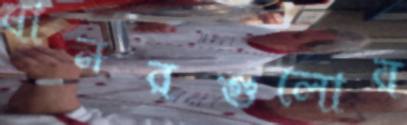
বানরগুলোর